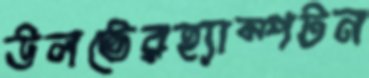
উলভেরহ্যাম্পটন